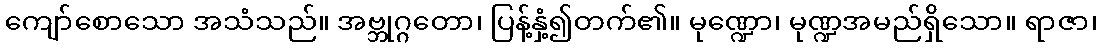
ကျော်စောသော အသံသည်။ အဗ္ဘုဂ္ဂတော၊ ပြန့်နှံ့၍တက်၏။ မုဏ္ဍော၊ မုဏ္ဍအမည်ရှိသော။ ရာဇာ၊